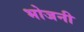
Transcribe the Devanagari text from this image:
भोजनी